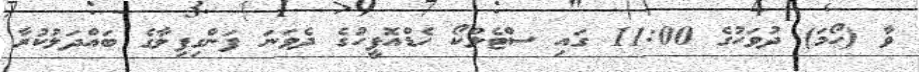
ވާ (ހޯމަަ) ދުވަހުގެ 11:00 ގައި ސްޓެލްކޯ ހެޑްއޮފީހުގެ ދެވަނަ ފަންގިފިލާގެ ބައްދަލުކުރާ